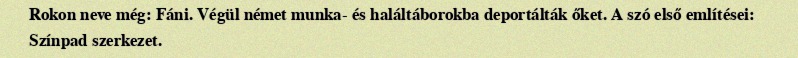
Rokon neve még: Fáni. Végül né­met munka- és haláltáborokba deportálták őket. A szó első említései: Színpad szerkezet.